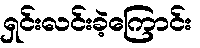
ရှင်းလင်းခဲ့ကြောင်း